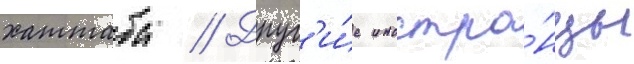
хаттаба // Друг'и́е иностра́нцы